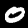
Label: 0